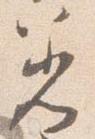
着